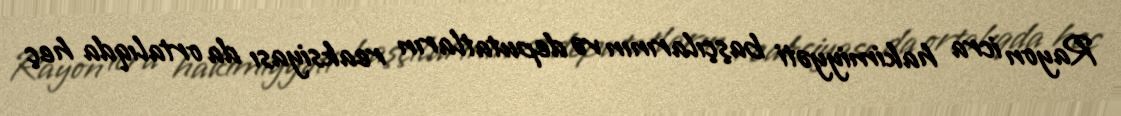
Rayon icra hakimiyyəti başçılarının və deputatların reaksiyası da ortalıqda heç